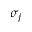
\sigma _ { j }